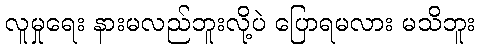
လူမှုရေး နားမလည်ဘူးလို့ပဲ ပြောရမလား မသိဘူး